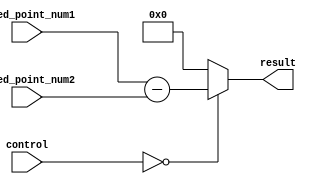
module fixed_point_subtractor (
  input [15:0] fixed_point_num1,
  input [15:0] fixed_point_num2,
  input [1:0] control,
  output reg [15:0] result
);

always @ (control or fixed_point_num1 or fixed_point_num2)
begin
  case (control)
    2'b00: result = fixed_point_num1 - fixed_point_num2;
    default: result = 16'd0;
  endcase
end

endmodule